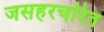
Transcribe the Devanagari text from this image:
जसहरचरित